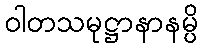
ဝါတသမုဋ္ဌာနာနမ္ပိ